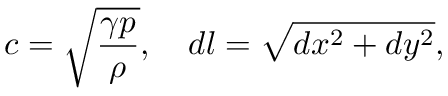
c = \sqrt { \frac { \gamma p } { \rho } } , \quad d l = \sqrt { d x ^ { 2 } + d y ^ { 2 } } ,